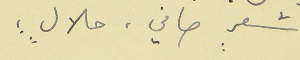
شعرٍ صافي، حلالٍ ؛